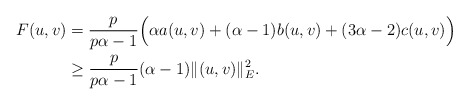
\begin{align*}F(u,v)&=\frac{p}{p\alpha-1}\Big(\alpha a(u,v)+(\alpha-1)b(u,v)+(3\alpha-2)c(u,v)\Big)\\&\geq\frac{p}{p\alpha-1}(\alpha-1)\|(u,v)\|_{E}^{2}.\end{align*}